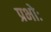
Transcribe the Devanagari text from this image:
प्रभोः